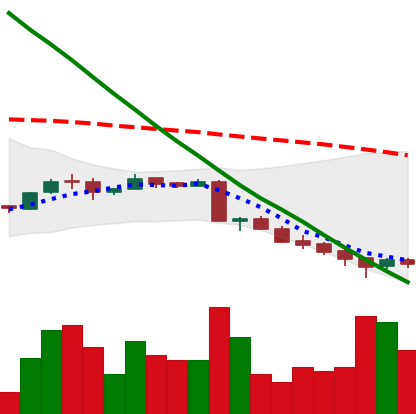
Ticker: ADA-USD
Chart end date: 2018-09-14
Forward return: 6.01%
Label: up_5_7